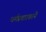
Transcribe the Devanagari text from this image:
धर्मप्रचारकाने